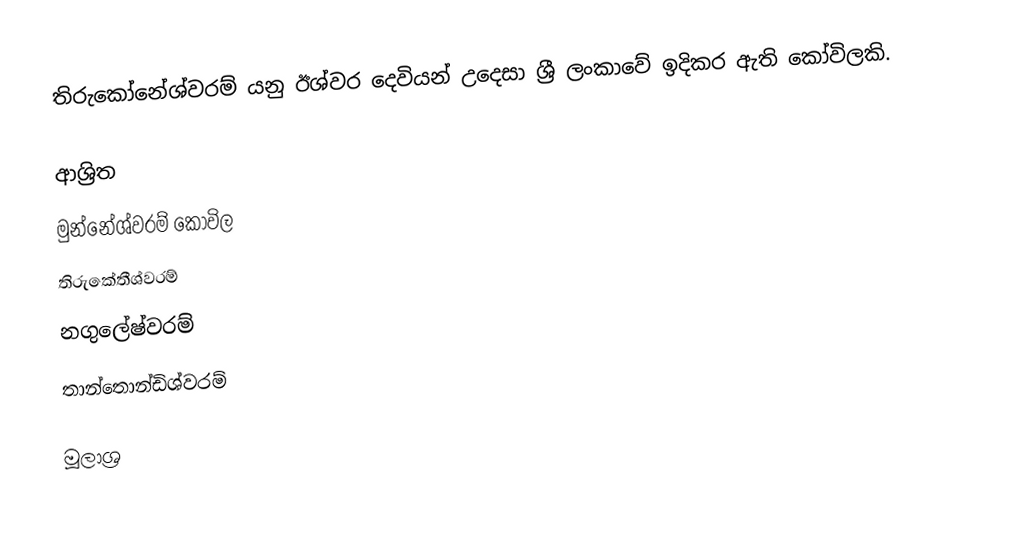
තිරුකෝනේශ්වරම් යනු ඊශ්වර දෙවියන් උදෙසා ශ්‍රී ලංකාවේ ඉදිකර ඇති කෝවිලකි.

ආශ්‍රිත
 මුන්නේශ්වරම් කෝවිල
 තිරුකේතීශ්වරම්
 නගුලේෂ්වරම්
 තාන්තොන්ඩිශ්වරම්

මූලාශ්‍ර